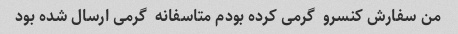
من سفارش کنسرو  گرمی کرده بودم متاسفانه  گرمی ارسال شده بود